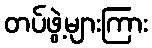
တပ်ဖွဲ့များကြား